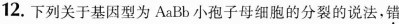
12.下列关于基因型为AaBb小孢子母细胞的分裂的说法，错